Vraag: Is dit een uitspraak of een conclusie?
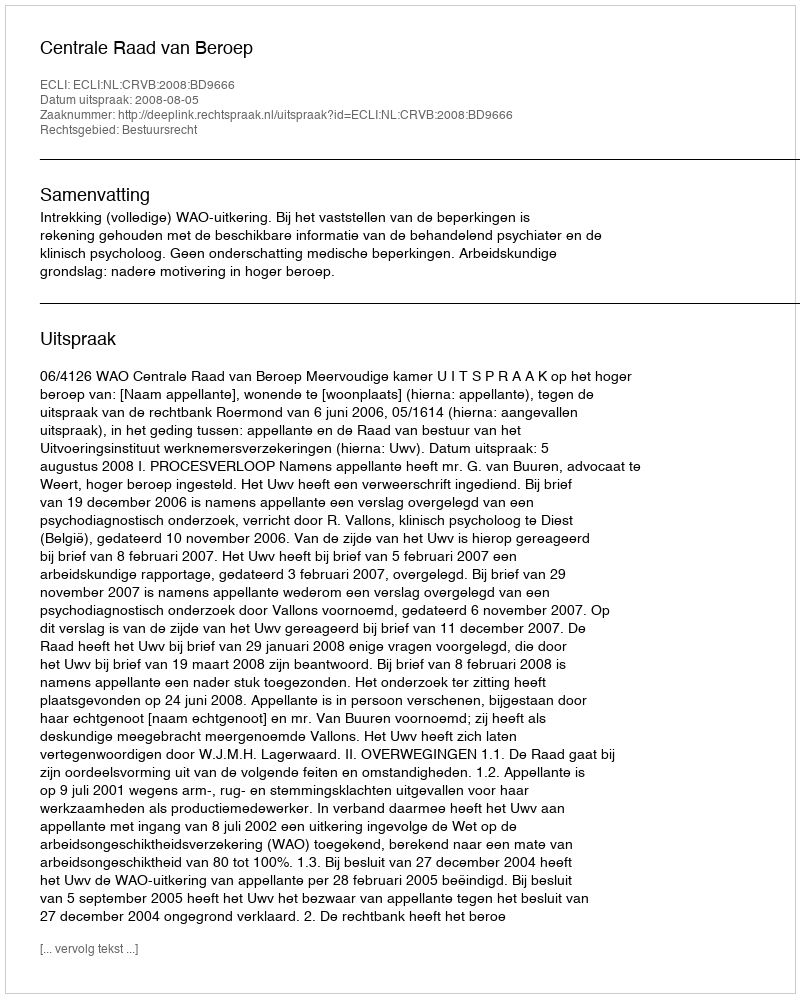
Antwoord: Uitspraak